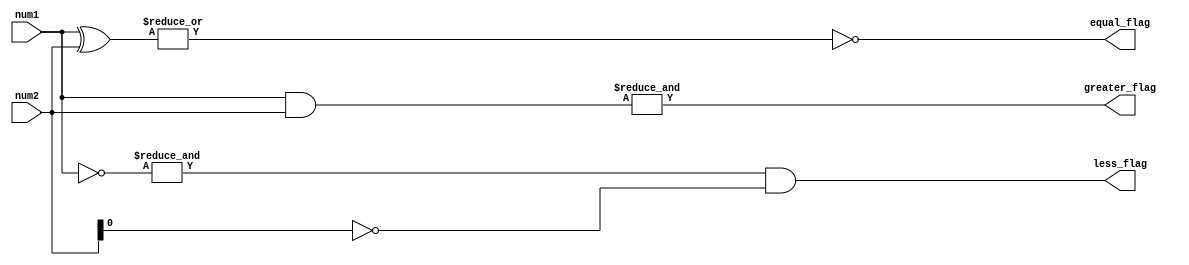
module comparator (
    input [7:0] num1,
    input [7:0] num2,
    output equal_flag,
    output greater_flag,
    output less_flag
);

wire [7:0] xor_output;
wire [7:0] and_output;

assign xor_output = num1 ^ num2;
assign and_output = num1 & num2;

assign equal_flag = !| xor_output;
assign greater_flag = & and_output;
assign less_flag = (& ~num1) & ~num2;

endmodule